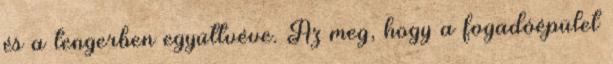
és a tengerben együttvéve. Az meg, hogy a fogadóépület